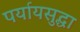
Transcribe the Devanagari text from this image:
पर्यायसुद्धा